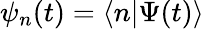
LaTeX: \psi_{n}(t)=\langle n|\Psi(t)\rangle